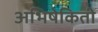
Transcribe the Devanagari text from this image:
अभिषेकिती